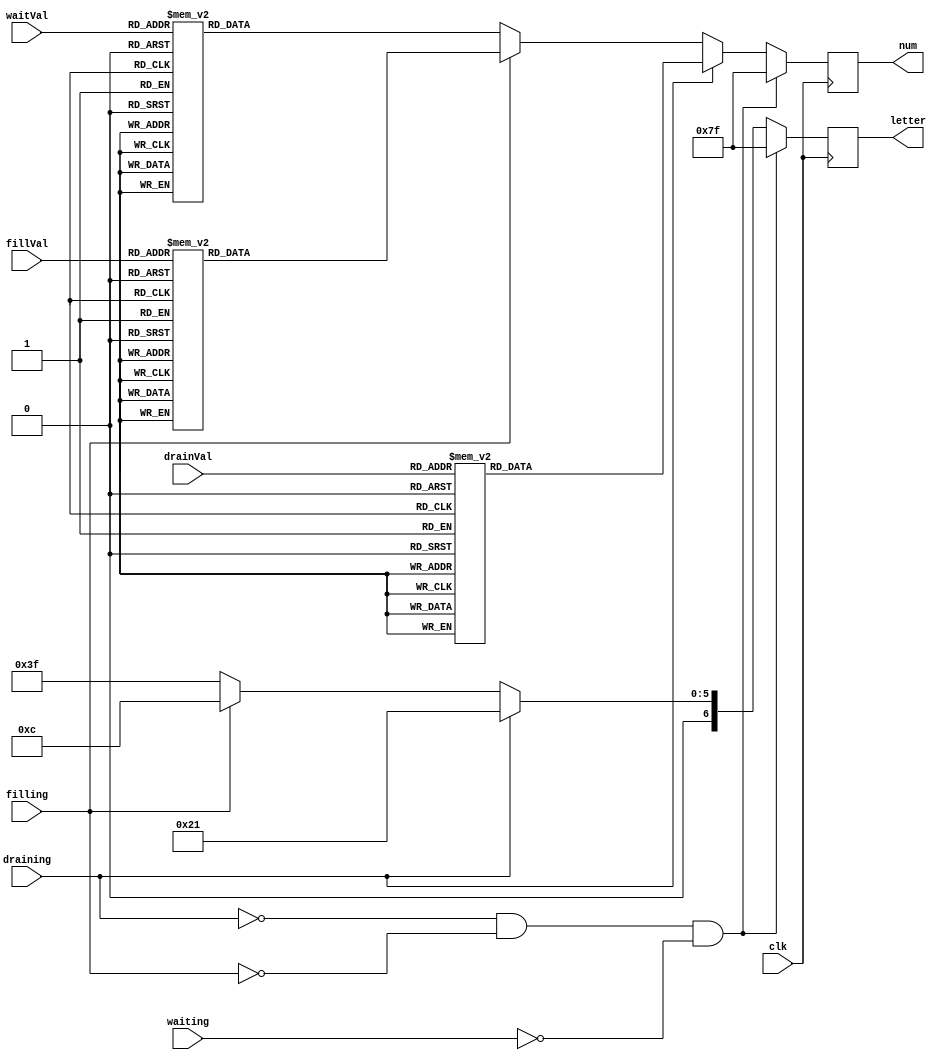


module display (letter , num , clk , drainVal , fillVal , draining , filling , waiting , waitVal);

	output reg [6:0] letter , num;
	input clk , draining , filling , waiting;
	input [3:0] drainVal , fillVal , waitVal;
	
	
	always @(posedge clk)
	begin
		if(!draining && !filling && !waiting)
			begin
				letter <= ~7'b0000000;
				num <= ~7'b0000000;
			end
		else
		begin
			if(draining)
				begin
				letter <= ~7'b1011110;
				case(drainVal)
				
					// Light: 6543210 
					0: num <= ~7'b0111111; 
					1: num <= ~7'b0000110; 
					2: num <= ~7'b1011011; 
					3: num <= ~7'b1001111; 
					4: num <= ~7'b1100110; 
					5: num <= ~7'b1101101; 
					6: num <= ~7'b1111101; 
					7: num <= ~7'b0000111; 
					8: num <= ~7'b1111111; 
					default: num <= 7'bX;
				endcase 
				end
			else if(filling)
				begin
				letter <= ~7'b1110011;
				case(fillVal)
					// Light: 6543210 
					0: num <= ~7'b0111111; 
					1: num <= ~7'b0000110; 
					2: num <= ~7'b1011011; 
					3: num <= ~7'b1001111; 
					4: num <= ~7'b1100110; 
					5: num <= ~7'b1101101; 
					6: num <= ~7'b1111101; 
					7: num <= ~7'b0000111; 
					8: num <= ~7'b1111111; 
					default: num <= 7'bX; 
				endcase
				end 
			else
				begin
				letter <= ~7'b1000000;
				case(waitVal)
					// Light: 6543210 
					0: num <= ~7'b0111111; 
					1: num <= ~7'b0000110; 
					2: num <= ~7'b1011011; 
					3: num <= ~7'b1001111; 
					4: num <= ~7'b1100110; 
					5: num <= ~7'b1101101; 
					6: num <= ~7'b1111101; 
					7: num <= ~7'b0000111; 
					8: num <= ~7'b1111111; 
					default: num <= 7'bX; 
				endcase
				end
			end
		end

	
endmodule